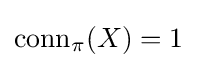
{\text{conn}}_{\pi }(X)=1